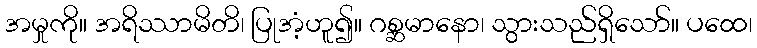
အမှုကို။ အရိဿာမိတိ၊ ပြုအံ့ဟူ၍။ ဂစ္ဆမာနော၊ သွားသည်ရှိသော်။ ပထေ၊